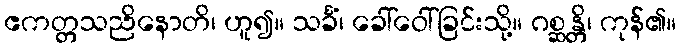
ဧကတ္တသညိနောတိ၊ ဟူ၍။ သင်္ခံ၊ ခေါ်ဝေါ်ခြင်းသို့။ ဂစ္ဆန္တိ၊ ကုန်၏။